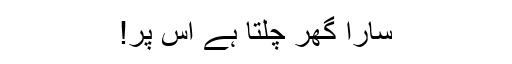
سارا گھر چلتا ہے اس پر!